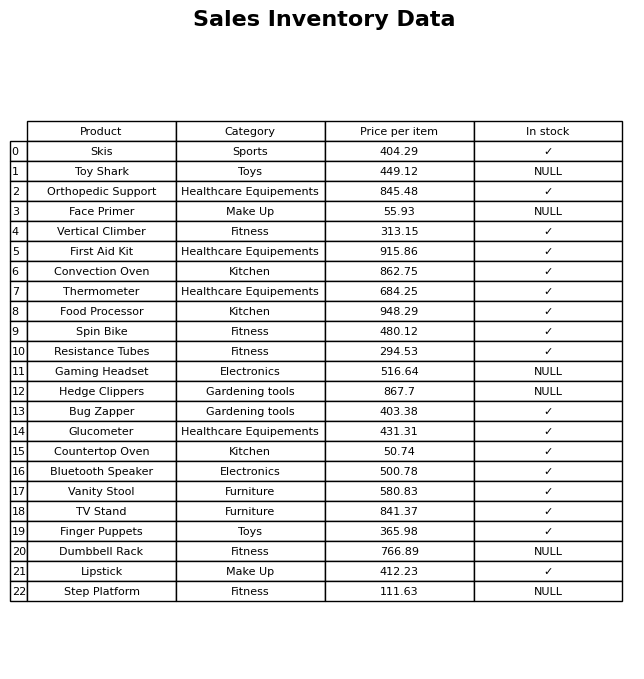
question: What is the price for Hedge Clippers?
answer: The price of Hedge Clippers is 867.7.